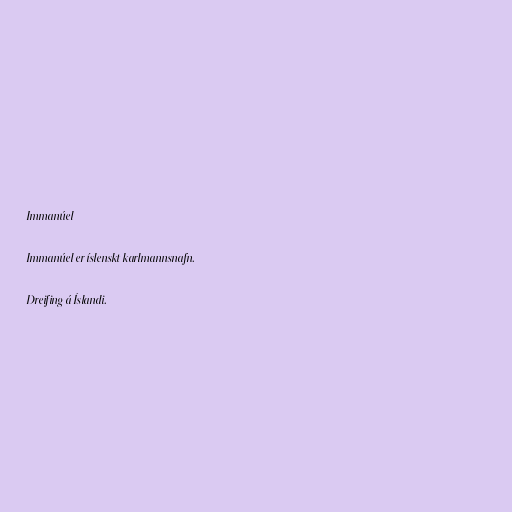
Immanúel

Immanúel er íslenskt karlmannsnafn.

Dreifing á Íslandi.